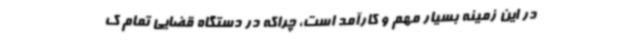
در این زمینه بسیار مهم و کارآمد است، چراکه در دستگاه قضایی تمام ک